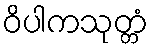
ဝိပါကသုတ္တံ